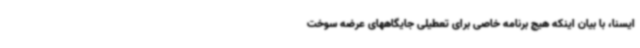
ایسنا، با بیان اینکه هیچ برنامه خاصی برای تعطیلی جایگاههای عرضه سوخت